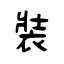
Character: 裝